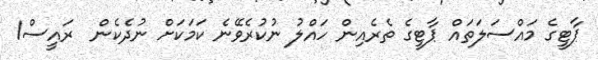
ޕާޓީގެ މައްސަލަތައް ޕާޓީގެ ތެރެއިން ހައްލު ނުކުރެވޭނެ ކަމަކަށް ނުދެކެން  ރައީސް1